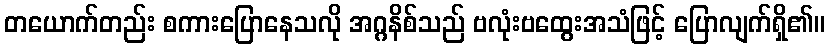
တယောက်တည်း စကားပြောနေသလို အဂ္ဂနိစ်သည် ဗလုံးဗထွေးအသံဖြင့် ပြောလျက်ရှိ၏။